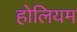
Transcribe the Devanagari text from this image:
होलियम